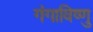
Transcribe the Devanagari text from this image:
गंगाविष्णु